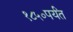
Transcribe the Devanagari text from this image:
१८५०पर्यंत